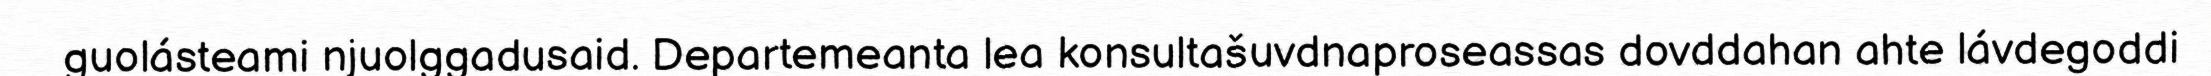
guolásteami njuolggadusaid. Departemeanta lea konsultašuvdnaproseassas dovddahan ahte lávdegoddi